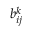
b _ { i j } ^ { k }